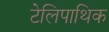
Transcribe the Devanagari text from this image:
टेलिपाथिक